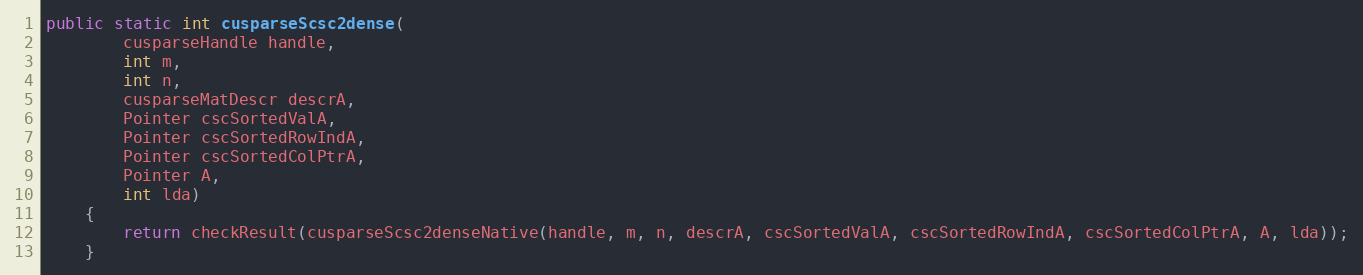
Language: Java
public static int cusparseScsc2dense(
        cusparseHandle handle,
        int m,
        int n,
        cusparseMatDescr descrA,
        Pointer cscSortedValA,
        Pointer cscSortedRowIndA,
        Pointer cscSortedColPtrA,
        Pointer A,
        int lda)
    {
        return checkResult(cusparseScsc2denseNative(handle, m, n, descrA, cscSortedValA, cscSortedRowIndA, cscSortedColPtrA, A, lda));
    }